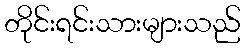
တိုင်းရင်းသားများသည်